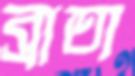
ব্রাত্য